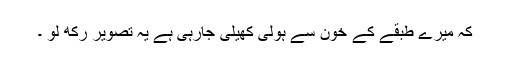
کہ میرے طبقے کے خون سے ہولی کھیلی جارہی ہے یہ تصویر رکھ لو ۔